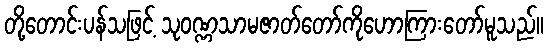
တို့တောင်းပန်သဖြင့် သုဝဏ္ဏသာမဇာတ်တော်ကိုဟောကြားတော်မူသည်။